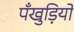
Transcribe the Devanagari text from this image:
पँखुड़ियों